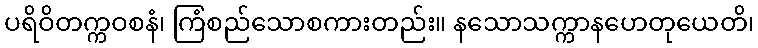
ပရိဝိတက္ကဝစနံ၊ ကြံစည်သောစကားတည်း။ နသောသက္ကာနဟေတုယေတိ၊